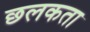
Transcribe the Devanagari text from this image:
छलकता